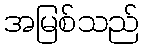
အမြစ်သည်